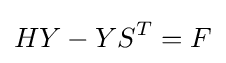
HY-YS^{T}=F